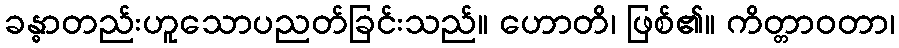
ခန္ဓာတည်းဟူသောပညတ်ခြင်းသည်။ ဟောတိ၊ ဖြစ်၏။ ကိတ္တာဝတာ၊